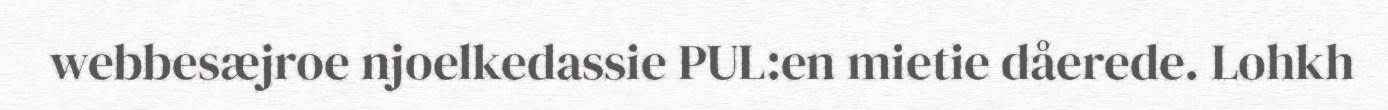
webbesæjroe njoelkedassie PUL:en mietie dåerede. Lohkh